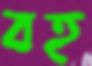
বহ